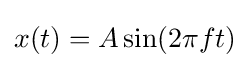
x(t)=A\sin(2\pi ft)